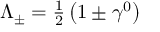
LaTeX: \Lambda _ { \pm } = { \textstyle { \frac { 1 } { 2 } } } \left( 1 \pm \gamma ^ { 0 } \right)